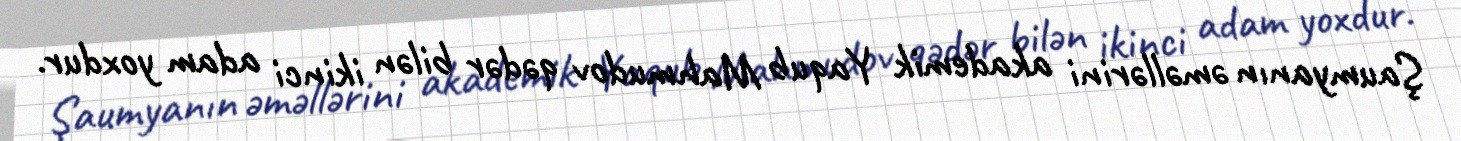
Şaumyanın əməllərini akademik Yaqub Mahmudov qədər bilən ikinci adam yoxdur.